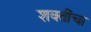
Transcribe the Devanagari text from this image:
शक्‍तींचा